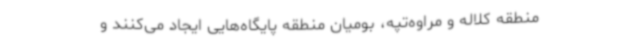
منطقه کلاله و مراوه‌تپه، بومیان منطقه پایگاه‌هایی ایجاد می‌کنند و